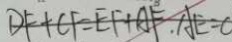
D F + C F = E F + A F . A E = 0